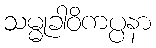
သမ္မုခါဝိကပ္ပနာ